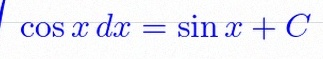
\int \cos x\,dx=\sin x+C